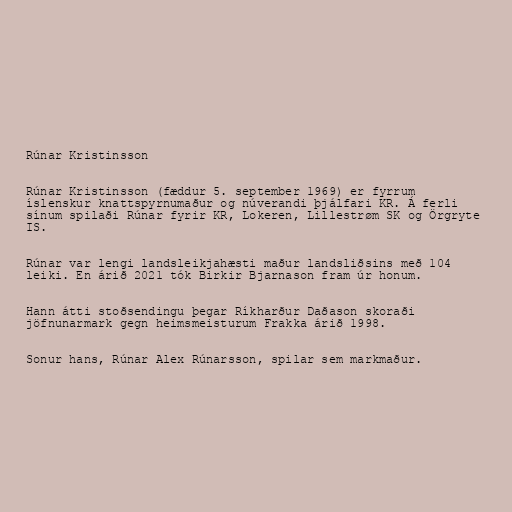
Rúnar Kristinsson

Rúnar Kristinsson (fæddur 5. september 1969) er fyrrum
íslenskur knattspyrnumaður og núverandi þjálfari KR. Á ferli
sínum spilaði Rúnar fyrir KR, Lokeren, Lillestrøm SK og Örgryte
IS.

Rúnar var lengi landsleikjahæsti maður landsliðsins með 104
leiki. En árið 2021 tók Birkir Bjarnason fram úr honum.

Hann átti stoðsendingu þegar Ríkharður Daðason skoraði
jöfnunarmark gegn heimsmeisturum Frakka árið 1998.

Sonur hans, Rúnar Alex Rúnarsson, spilar sem markmaður.